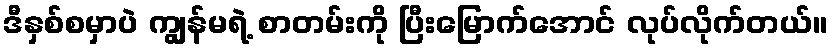
ဒီနှစ်စမှာပဲ ကျွန်မရဲ့ စာတမ်းကို ပြီးမြောက်အောင် လုပ်လိုက်တယ်။